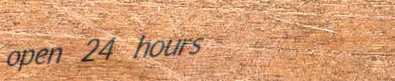
open 24 hours